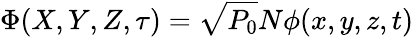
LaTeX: \Phi(X,Y,Z,\tau)=\sqrt{P_{0}}N\phi(x,y,z,t)